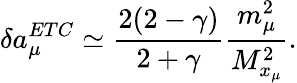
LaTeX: \delta a_{\mu}^{ETC}\simeq\frac{2(2-\gamma)}{2+\gamma}\frac{m_{\mu}^{2}}{M_{x_{\mu}}^{2}}.